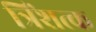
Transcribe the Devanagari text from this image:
त्रिंशत्क